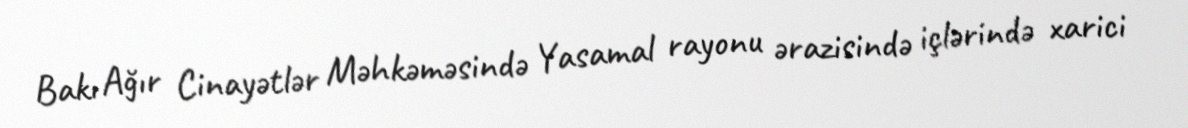
Bakı Ağır Cinayətlər Məhkəməsində Yasamal rayonu ərazisində içlərində xarici